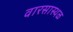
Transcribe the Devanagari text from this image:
वारसास्थळ